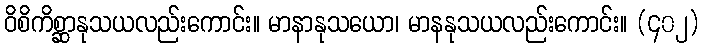
ဝိစိကိစ္ဆာနုသယလည်းကောင်း။ မာနာနုသယော၊ မာနနုသယလည်းကောင်း။ (၄၀၂)